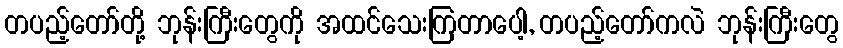
တပည့်တော်တို့ ဘုန်းကြီးတွေကို အထင်သေးကြတာပေါ့, တပည့်တော်ကလဲ ဘုန်းကြီးတွေ